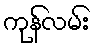
ကုန်လမ်း